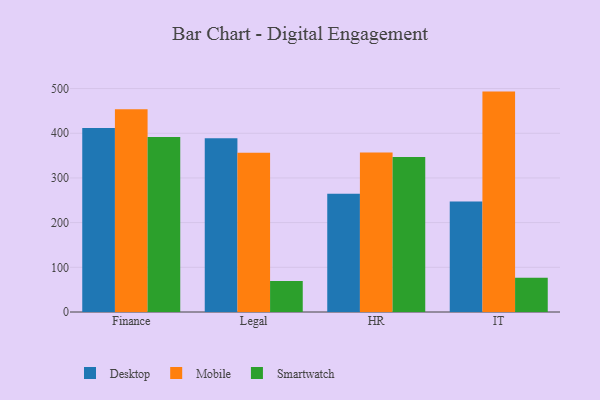
{"axis": {"x": "Department", "y": "Page Views"}, "legend": ["Desktop", "Mobile", "Smartwatch"], "data": [{"x": "Finance", "y": 411.9, "type": "Desktop"}, {"x": "Finance", "y": 453.5, "type": "Mobile"}, {"x": "Finance", "y": 391.7, "type": "Smartwatch"}, {"x": "Legal", "y": 388.9, "type": "Desktop"}, {"x": "Legal", "y": 356.6, "type": "Mobile"}, {"x": "Legal", "y": 69.2, "type": "Smartwatch"}, {"x": "HR", "y": 264.8, "type": "Desktop"}, {"x": "HR", "y": 356.9, "type": "Mobile"}, {"x": "HR", "y": 347.1, "type": "Smartwatch"}, {"x": "IT", "y": 247.2, "type": "Desktop"}, {"x": "IT", "y": 493.2, "type": "Mobile"}, {"x": "IT", "y": 76.7, "type": "Smartwatch"}]}